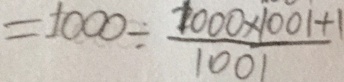
= 1 0 0 0 \div \frac { 1 0 0 0 \times 1 0 0 1 + 1 } { 1 0 0 1 }